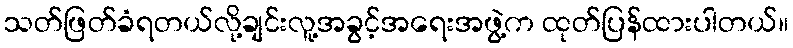
သတ်ဖြတ်ခံရတယ်လို့ချင်းလူ့အခွင့်အရေးအဖွဲ့က ထုတ်ပြန်ထားပါတယ်။